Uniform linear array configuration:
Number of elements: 48
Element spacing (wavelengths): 0.5
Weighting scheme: hann
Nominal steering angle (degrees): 45
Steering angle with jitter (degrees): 45.743
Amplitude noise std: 0.05
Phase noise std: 0.05

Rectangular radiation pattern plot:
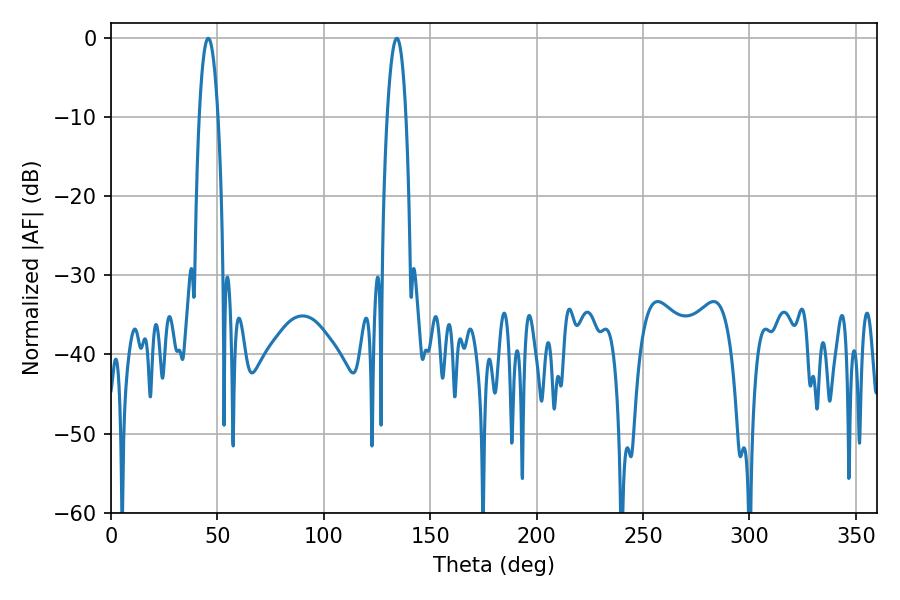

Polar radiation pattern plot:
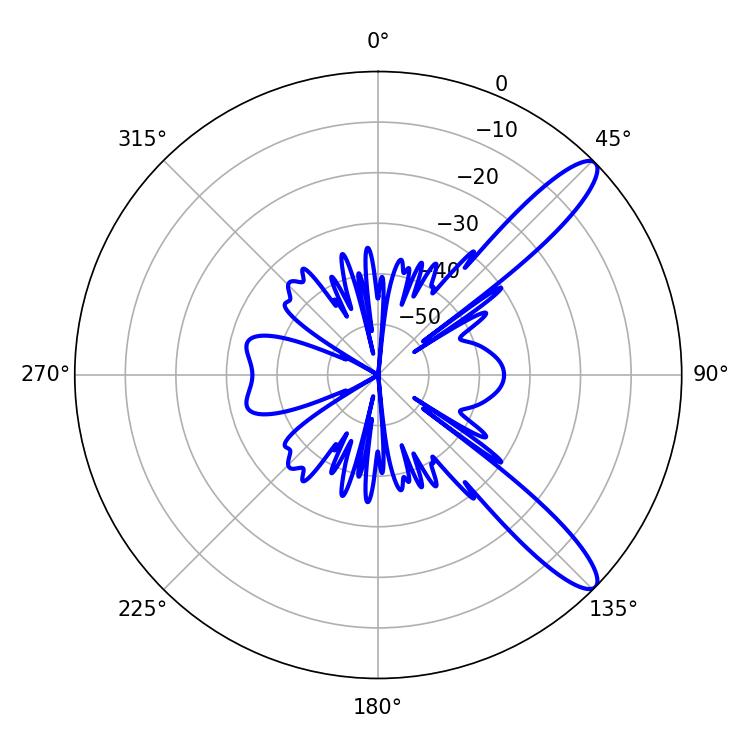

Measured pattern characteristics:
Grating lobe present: FALSE
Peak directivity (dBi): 11.807
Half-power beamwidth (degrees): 4.86
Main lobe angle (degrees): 45.72